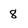
Character: 8